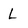
Character: L